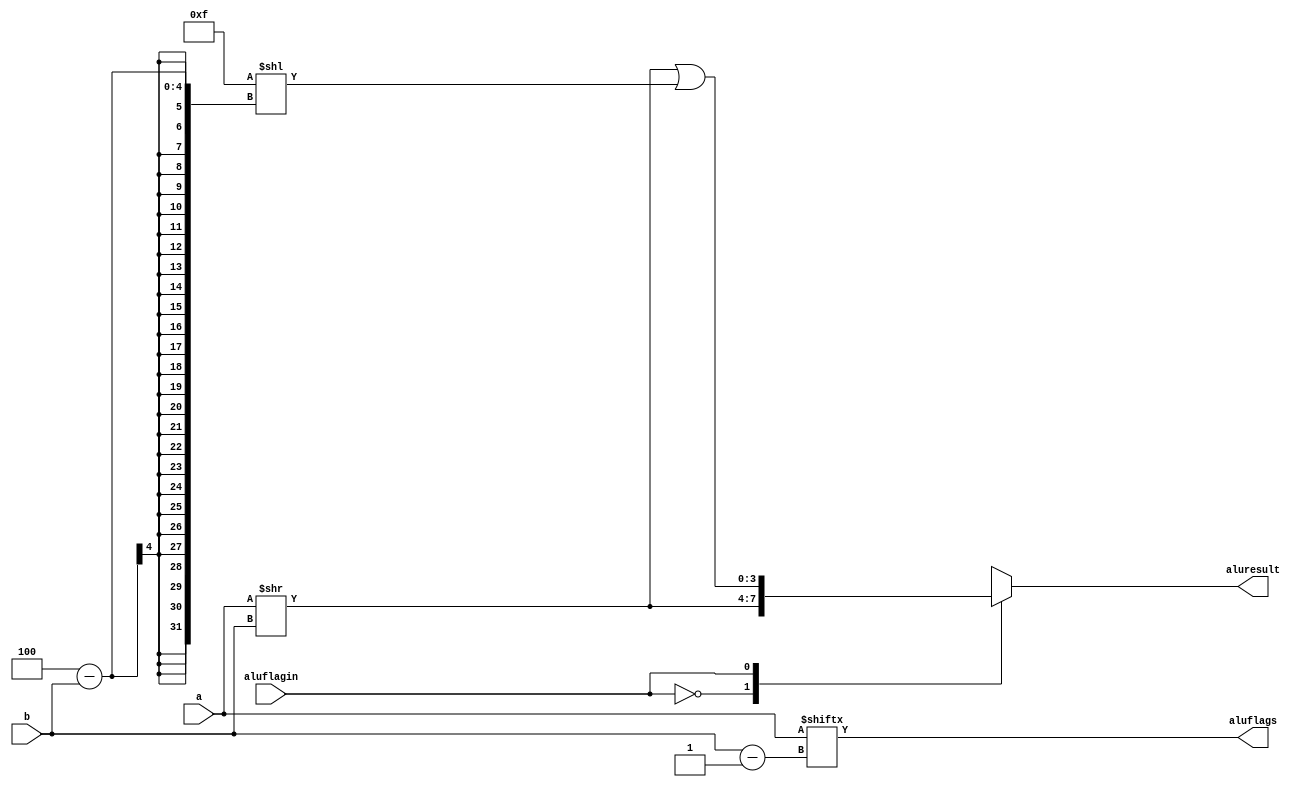
`timescale 1ns / 1ps
//////////////////////////////////////////////////////////////////////////////////
// Company: 
// Engineer: 
// 
// Design Name: 
// Module Name: RShift
// Project Name: 
// Target Devices: 
// Tool Versions: 
// Description: 
// 
// Dependencies: 
// 
// Revision:
// Revision 0.01 - File Created
// Additional Comments:
// 
//////////////////////////////////////////////////////////////////////////////////


module RShift #(parameter ancho=4)(
    input [ancho-1:0]a, b, 
    input aluflagin,
    output reg [ancho-1:0]aluresult, 
    output reg aluflags
    );
    
    
    wire [ancho-1:0]ones;
    
    assign ones={(ancho){1'b1}};
    
    always @(*) begin
        case(aluflagin)
            1'b0: 
                begin
                    aluflags = a[b-1];
                    aluresult = (a >> b);
                end
            1'b1: 
                begin
                    aluflags = a[b-1];
                    aluresult = (a >> b)|(ones << (ancho-b));
                end      
        endcase
    end
endmodule